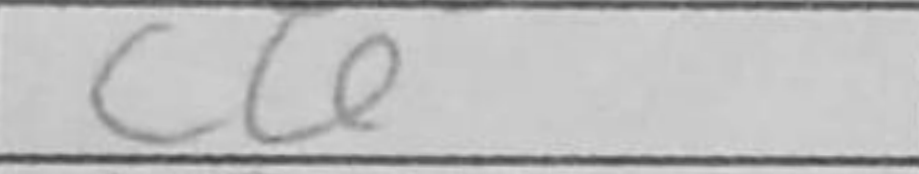
Transcription: c6